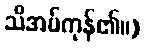
သိအပ်ကုန်၏။)